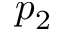
p _ { 2 }